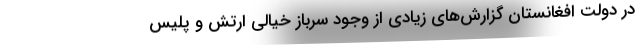
در دولت افغانستان گزارش‌های زیادی از وجود سرباز خیالی ارتش و پلیس